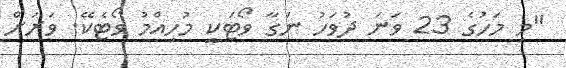
"މި މަހުގެ 23 ވަނަ ދުވަހު ނަގާ ވޯޓަކީ މުހިއްމު ވޯޓެކޭ. ވަރަށް